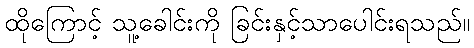
ထိုကြောင့် သူ့ခေါင်းကို ခြင်းနှင့်သာပေါင်းရသည်။